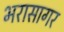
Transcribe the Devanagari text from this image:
भरासागर